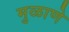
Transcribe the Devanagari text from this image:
मुळाणे